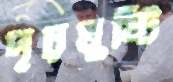
দৃঢ়মুষ্টি